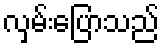
လှမ်းပြောသည်